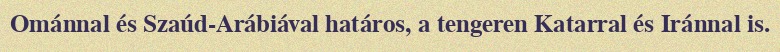
Ománnal és Szaúd-Arábiával határos, a tengeren Katarral és Iránnal is.